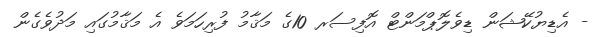
- އެޑިޔުކޭޝަން ޑިވެލޮޕްމަންޓް އޮފިސަރ 10ގެ މަޤާމު ފުރިހަމަވެ އެ މަޤާމުގައި މަދުވެގެން